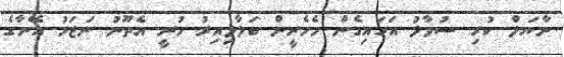
ނާޔަލް ކުރި ސުވާލު އަހައިގެން މެހެރީން ބަލާލިއިރު ހުރީ އެތޫނު ނަޒަރު އޭނާގެ